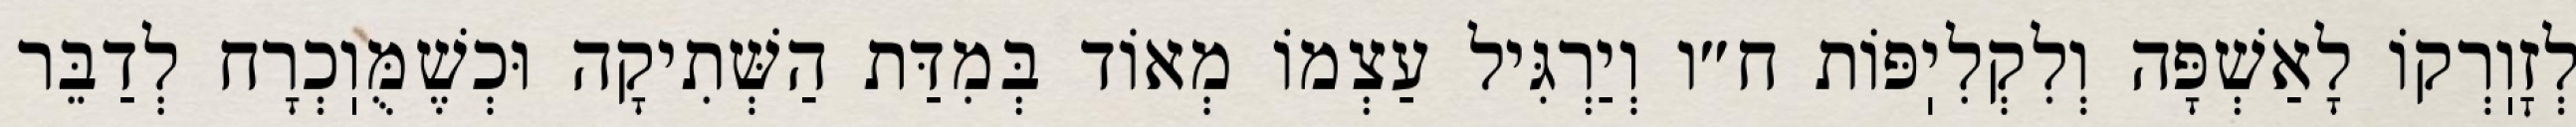
לְזׇוֽרְקוֹ לָאַשְׁפָּה וְלִקְלִיֽפּוֹת ח״ו וְיַרְגִּיל עַצְמוֹ מְאוֹד בְּמִדַּת הַשְּׁתִיקָה וּכְשֶׁמֻּוֽכְרָח לְדַבֵּר